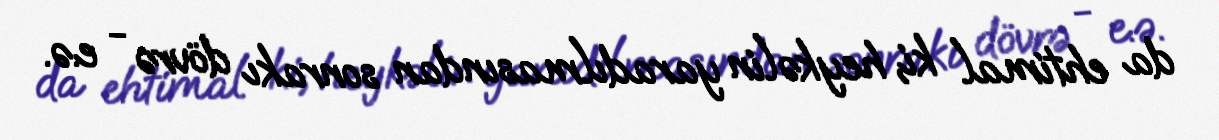
da ehtimal ki, heykəlin yaradılmasından sonrakı dövrə - e.ə.